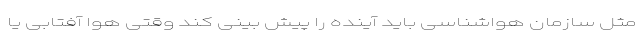
مثل سازمان هواشناسی باید آینده را پیش بینی کند وقتی هوا آفتابی یا